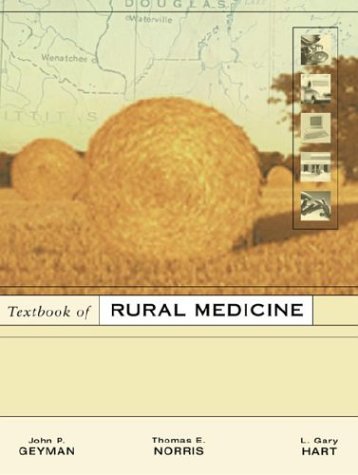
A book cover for Textbook Of Rural Medicine; John P. Geyman; Medical Books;